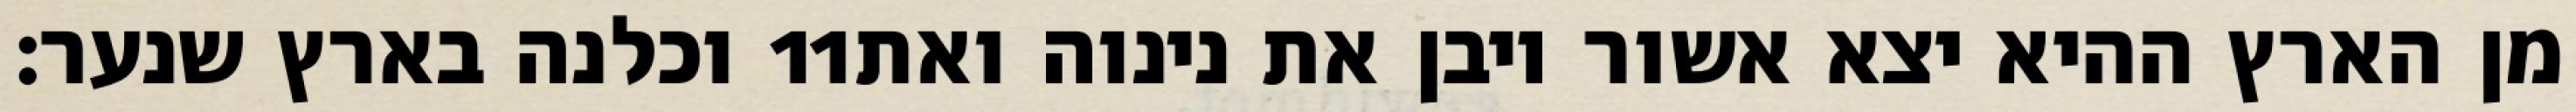
וכלנה בארץ שנער׃ ‎11‏ מן הארץ ההיא יצא אשור ויבן את נינוה ואת